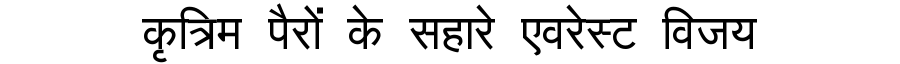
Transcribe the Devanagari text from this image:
कृत्रिम पैरों के सहारे एवरेस्ट विजय